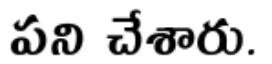
పని చేశారు.